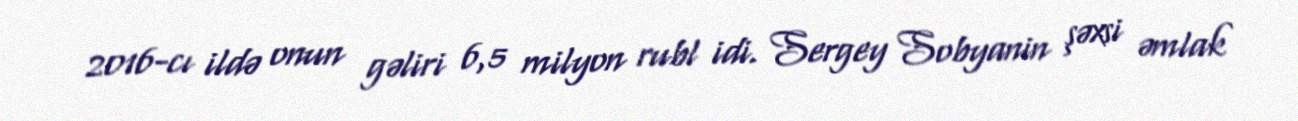
2016-cı ildə onun gəliri 6,5 milyon rubl idi. Sergey Sobyanin şəxsi əmlak